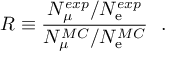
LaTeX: R \equiv { \frac { N _ { \mu } ^ { e x p } / N _ { \mathrm { e } } ^ { e x p } } { N _ { \mu } ^ { M C } / N _ { \mathrm { e } } ^ { M C } } } \ \ .